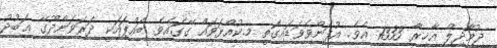
ޖުމާދިލް އާޚިރާ 1333 އެވެ. އުފަންވެވަޑައިގަތީ މ.ކުއްޅަވައް ގޭގައެވެ. ބައްޕައަކީ ދަރަވަންދޫގޭ ޢަބުދު